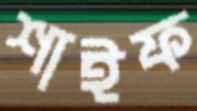
শাইফ